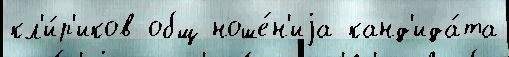
кл'и́р'иков общ ноше́н'иjа канд'ида́та